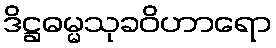
ဒိဋ္ဌဓမ္မသုခဝိဟာရော